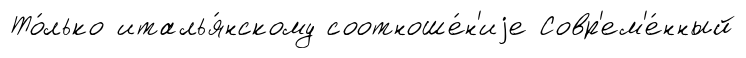
То́лько италья́нскому соотноше́н'иjе Совр'ем'е́нный